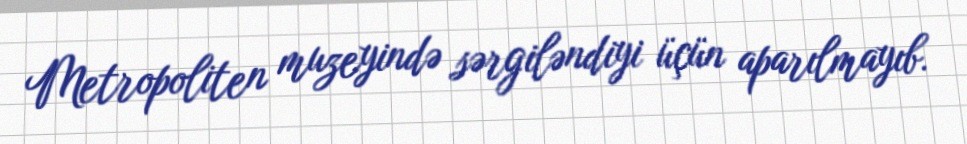
Metropoliten muzeyində sərgiləndiyi üçün aparılmayıb.